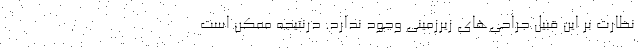
نظارت بر این قبیل جراحی‌های زیرزمینی وجود ندارد. درنتیجه ممکن است